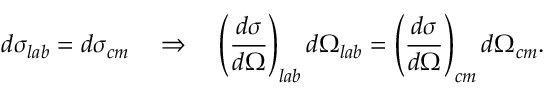
d \sigma _ { l a b } = d \sigma _ { c m } \quad \Rightarrow \quad \left( \frac { d \sigma } { d \Omega } \right) _ { l a b } d \Omega _ { l a b } = \left( \frac { d \sigma } { d \Omega } \right) _ { c m } d \Omega _ { c m } .